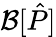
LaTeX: \mathcal{B}[\hat{P}]